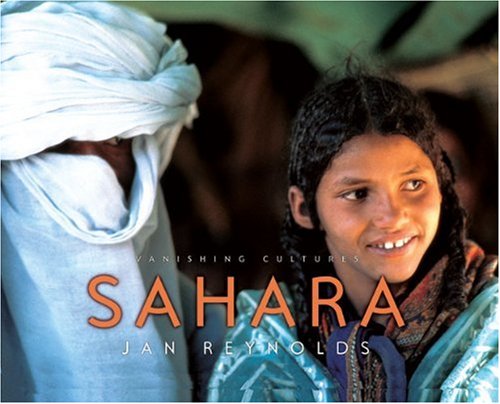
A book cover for Vanishing Cultures: Sahara; Jan Reynolds; Children's Books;